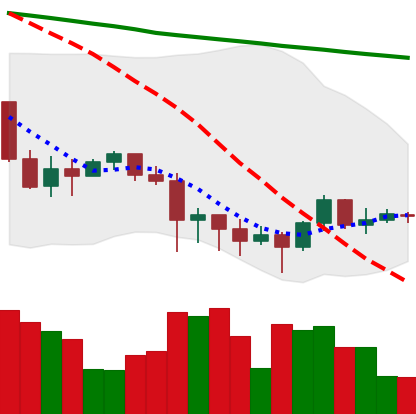
Ticker: XRP-USD
Chart end date: 2022-01-16
Forward return: -18.386%
Label: down_7plus